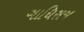
ગાધિરાજ